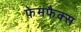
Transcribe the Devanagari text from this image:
फेमफैक्स